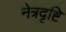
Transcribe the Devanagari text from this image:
नेत्रदृष्टि